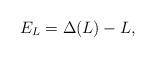
LaTeX: \begin{align*}E_L = \Delta(L) - L,\end{align*}